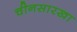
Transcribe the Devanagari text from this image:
चीनसारखा